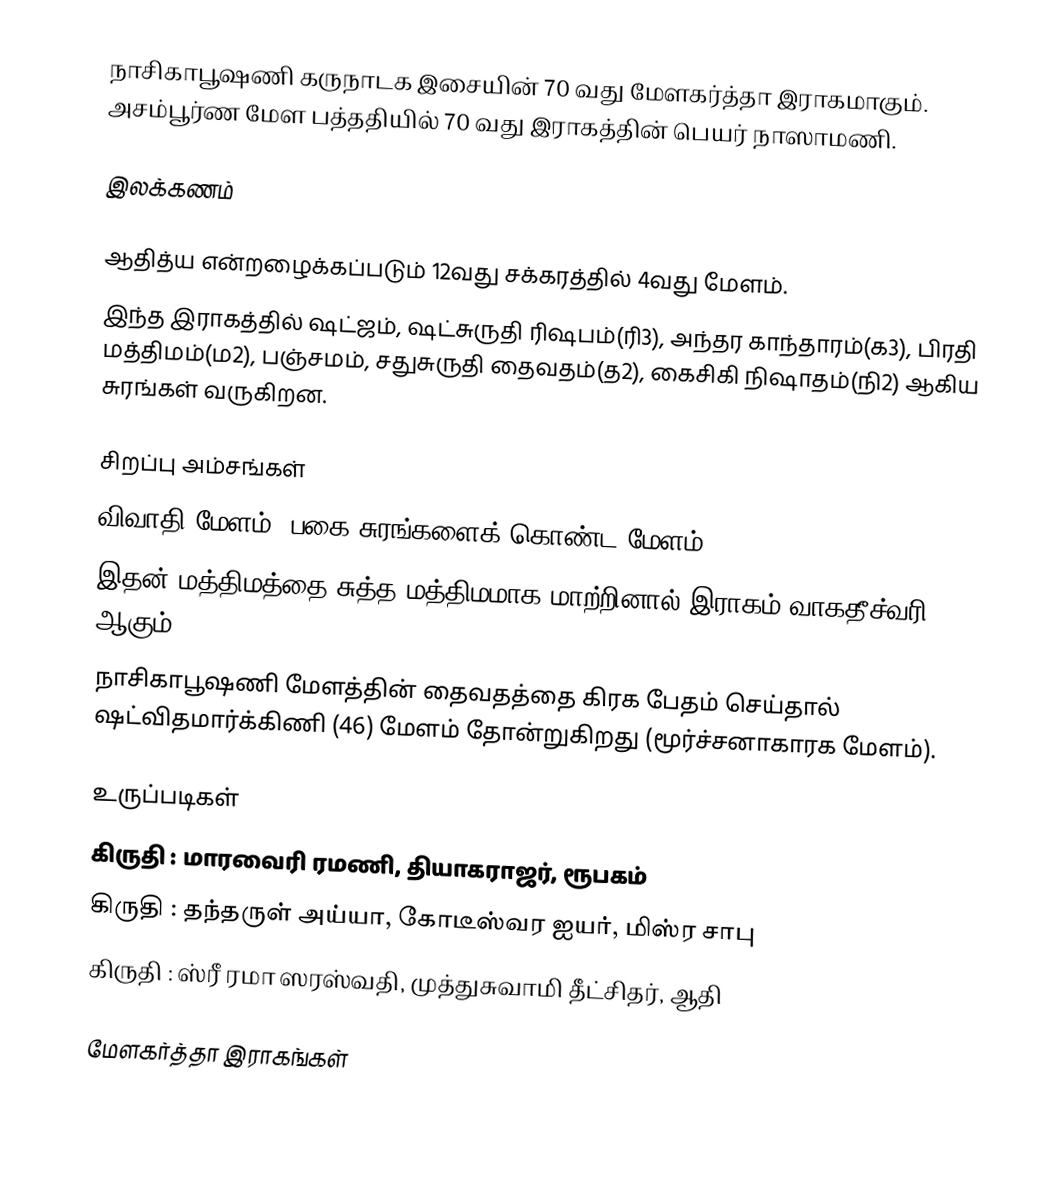
நாசிகாபூஷணி கருநாடக இசையின் 70 வது மேளகர்த்தா இராகமாகும். அசம்பூர்ண மேள பத்ததியில் 70 வது இராகத்தின் பெயர் நாஸாமணி.

இலக்கணம்

 ஆதித்ய என்றழைக்கப்படும் 12வது சக்கரத்தில் 4வது மேளம்.
 இந்த இராகத்தில் ஷட்ஜம், ஷட்சுருதி ரிஷபம்(ரி3), அந்தர காந்தாரம்(க3), பிரதி மத்திமம்(ம2), பஞ்சமம், சதுசுருதி தைவதம்(த2), கைசிகி நிஷாதம்(நி2) ஆகிய சுரங்கள் வருகிறன.

சிறப்பு அம்சங்கள்
 விவாதி மேளம் (பகை சுரங்களைக் கொண்ட மேளம்).
 இதன் மத்திமத்தை சுத்த மத்திமமாக மாற்றினால் இராகம் வாகதீச்வரி (34) ஆகும்.
 நாசிகாபூஷணி மேளத்தின் தைவதத்தை கிரக பேதம் செய்தால் ஷட்விதமார்க்கிணி (46) மேளம் தோன்றுகிறது (மூர்ச்சனாகாரக மேளம்).

உருப்படிகள்
 கிருதி	: மாரவைரி ரமணி,	தியாகராஜர், ரூபகம்
 கிருதி	: தந்தருள் அய்யா, கோடீஸ்வர ஐயர், மிஸ்ர சாபு
 கிருதி	: ஸ்ரீ ரமா ஸரஸ்வதி, முத்துசுவாமி தீட்சிதர், ஆதி

மேளகர்த்தா இராகங்கள்